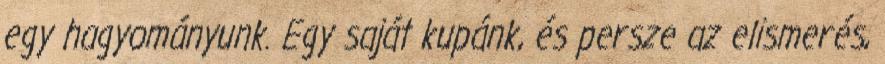
egy hagyományunk. Egy saját kupánk, és persze az elismerés,